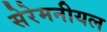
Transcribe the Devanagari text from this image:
सेरेमनीयल